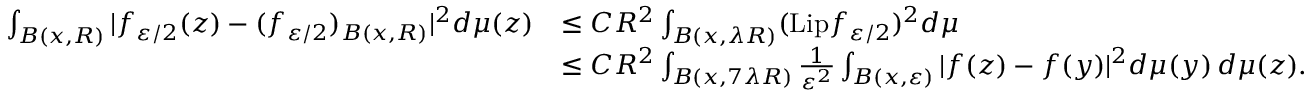
\begin{array} { r l } { \int _ { B ( x , R ) } | f _ { \varepsilon / 2 } ( z ) - ( f _ { \varepsilon / 2 } ) _ { B ( x , R ) } | ^ { 2 } d \mu ( z ) } & { \leq C R ^ { 2 } \int _ { B ( x , \lambda R ) } ( \mathrm { L i p } f _ { \varepsilon / 2 } ) ^ { 2 } d \mu } \\ & { \leq C R ^ { 2 } \int _ { B ( x , 7 \lambda R ) } \frac { 1 } { \varepsilon ^ { 2 } } \int _ { B ( x , \varepsilon ) } | f ( z ) - f ( y ) | ^ { 2 } d \mu ( y ) \, d \mu ( z ) . } \end{array}